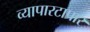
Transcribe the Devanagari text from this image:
व्यापारटापार